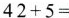
$$42+5=$$